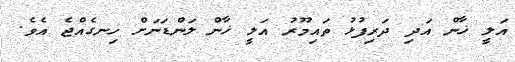
އަލީ ޚާން އަދި ދަރިފުޅު ތައިމޫރު އަލީ ޚާން ލަންޑަނަށް ހިނގެއްޖެ އެވެ.